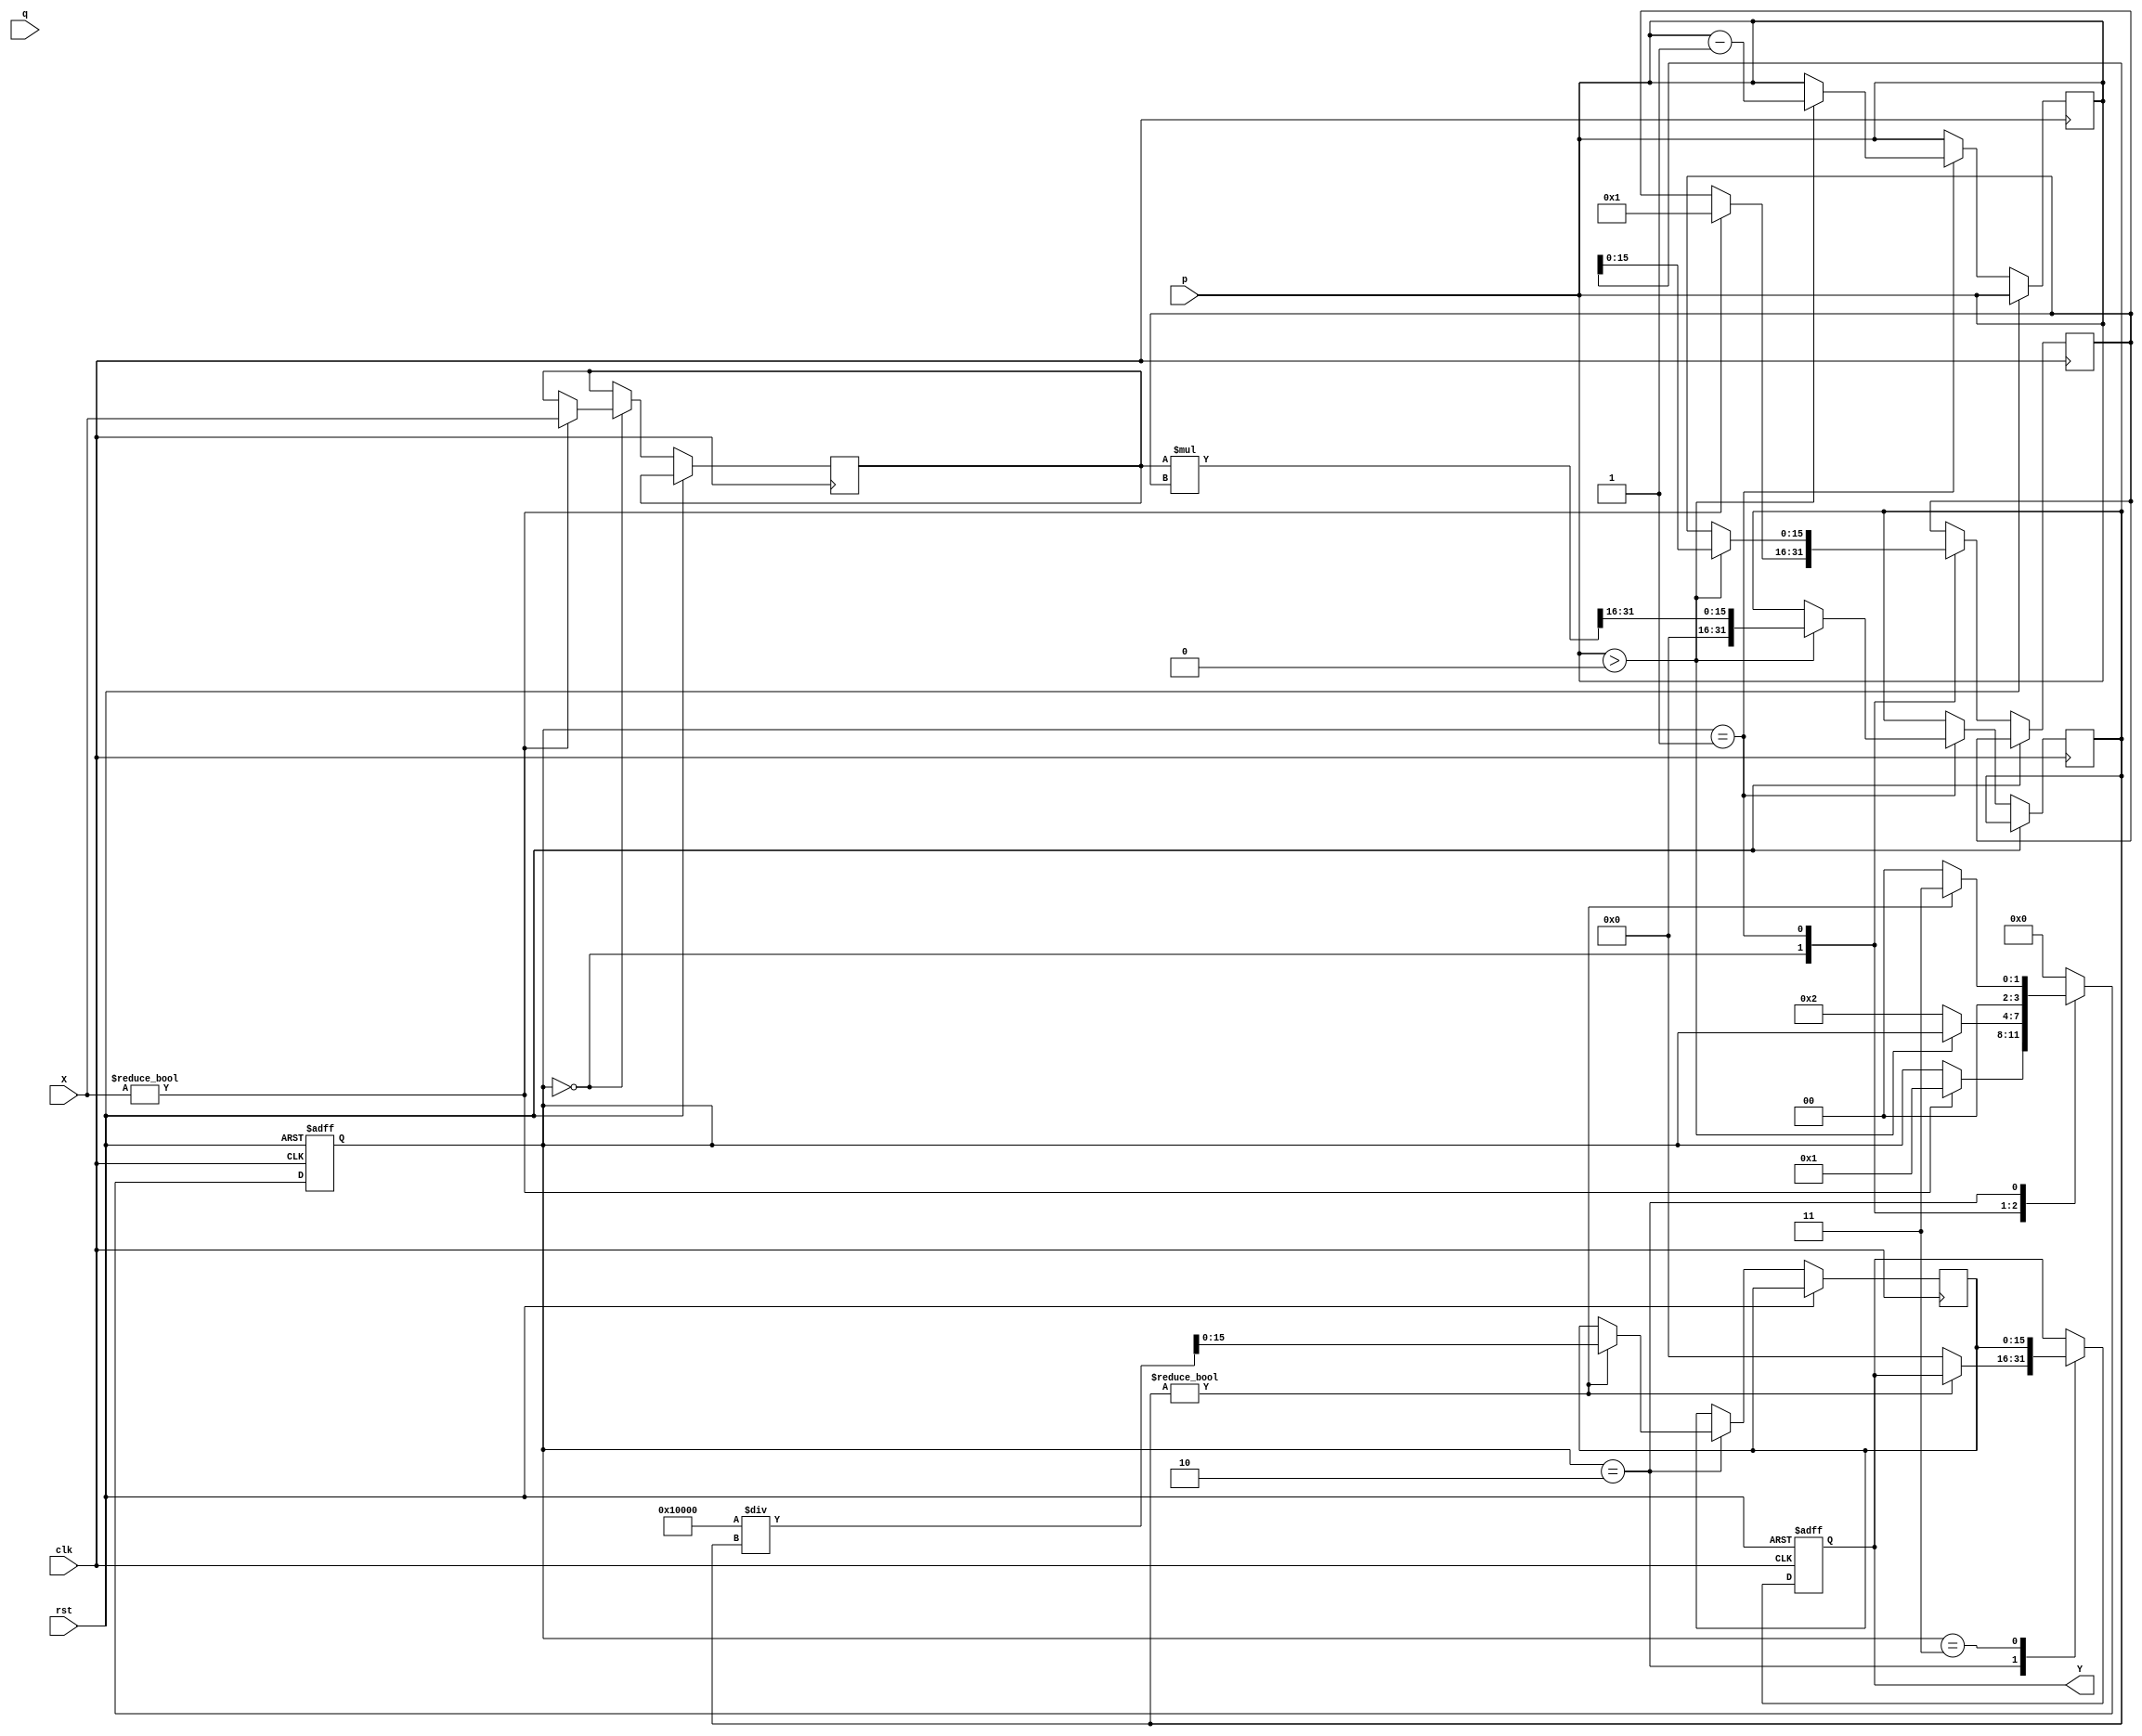
module fractional_order_reciprocal (
    input wire [15:0] X,        // Input Data (fixed-point representation)
    input wire [15:0] p,        // Numerator of the fractional order
    input wire [15:0] q,        // Denominator of the fractional order
    output reg [15:0] Y,        // Output Data
    input wire clk,             // Clock signal
    input wire rst              // Reset signal
);

    reg [31:0] exponent_result; // Intermediate result for X^(p/q)
    reg [15:0] reciprocal_result; // Intermediate result for 1/(X^(p/q))
    reg [3:0] state;            // State for control logic
    reg [15:0] temp_X;          // Temporary variable for calculations
    reg [15:0] temp_exp;        // Temporary variable for exponentiation

    // State encoding
    localparam IDLE = 4'b0000,
               EXPONENTIATE = 4'b0001,
               RECIPROCAL = 4'b0010,
               OUTPUT = 4'b0011;

    // Control logic
    always @(posedge clk or posedge rst) begin
        if (rst) begin
            state <= IDLE;
            Y <= 16'b0;
        end else begin
            case (state)
                IDLE: begin
                    if (X != 0) begin
                        temp_X <= X;
                        temp_exp <= 16'b1; // Start exponentiation
                        state <= EXPONENTIATE;
                    end
                end

                EXPONENTIATE: begin
                    // Simple iterative exponentiation (X^(p/q))
                    // Here we use a naive method for demonstration purposes
                    // In practice, a more efficient method should be used
                    if (p > 0) begin
                        exponent_result <= (temp_X * temp_exp) >> 16; // Shift for fixed-point
                        temp_exp <= exponent_result;
                        p <= p - 1; // Decrement numerator
                    end else begin
                        state <= RECIPROCAL;
                    end
                end

                RECIPROCAL: begin
                    // Compute reciprocal
                    if (exponent_result != 0) begin
                        reciprocal_result <= (1 << 16) / exponent_result; // 1/(X^(p/q))
                        state <= OUTPUT;
                    end else begin
                        Y <= 16'b0; // Handle division by zero
                        state <= IDLE;
                    end
                end

                OUTPUT: begin
                    Y <= reciprocal_result; // Output the result
                    state <= IDLE; // Go back to idle
                end

                default: state <= IDLE;
            endcase
        end
    end

endmodule